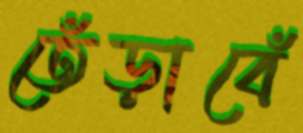
তেঁড়াবেঁ